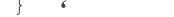
٨